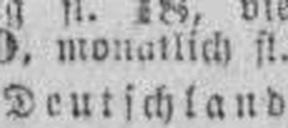
Deutschland